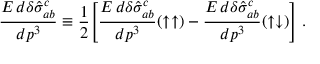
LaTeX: \frac { E \, d \delta \hat { \sigma } _ { a b } ^ { c } } { d p ^ { 3 } } \equiv \frac { 1 } { 2 } \Bigg [ \frac { E \, d \delta \hat { \sigma } _ { a b } ^ { c } } { d p ^ { 3 } } ( \uparrow \uparrow ) - \frac { E \, d \delta \hat { \sigma } _ { a b } ^ { c } } { d p ^ { 3 } } ( \uparrow \downarrow ) \Bigg ] \; .